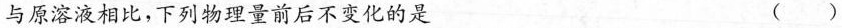
与原溶液相比，下列物理量前后不变化的是 ()